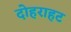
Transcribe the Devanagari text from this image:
दोहराहट